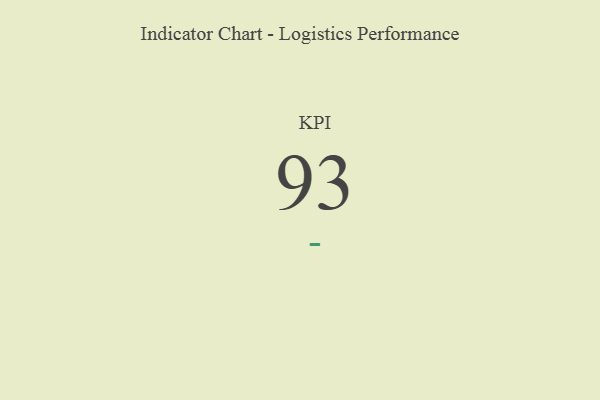
{"axis": {"x": "KPI", "y": "Value"}, "legend": [""], "data": [{"x": "KPI", "y": 93, "type": ""}]}